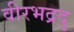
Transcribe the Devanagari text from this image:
वीरभद्रदु